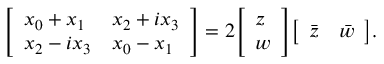
{ \left[ \begin{array} { l l } { x _ { 0 } + x _ { 1 } } & { x _ { 2 } + i x _ { 3 } } \\ { x _ { 2 } - i x _ { 3 } } & { x _ { 0 } - x _ { 1 } } \end{array} \right] } = 2 { \left[ \begin{array} { l } { z } \\ { w } \end{array} \right] } { \left[ \begin{array} { l l } { { \bar { z } } } & { { \bar { w } } } \end{array} \right] } .